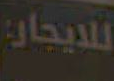
للايجار